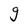
Character: g